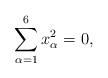
LaTeX: \begin{align*}\sum_{\alpha=1}^{6} x_\alpha^2=0,\end{align*}